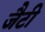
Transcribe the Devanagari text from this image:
जैटी